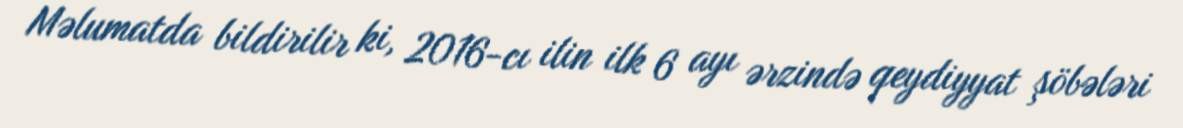
Məlumatda bildirilir ki, 2016-cı ilin ilk 6 ayı ərzində qeydiyyat şöbələri